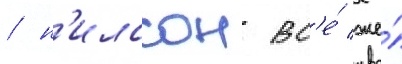
/ н'илссон вс'е́ же́